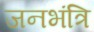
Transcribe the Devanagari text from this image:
जनभंत्रि